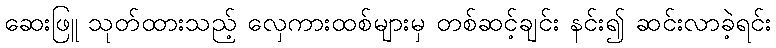
ဆေးဖြူ သုတ်ထားသည့် လှေကားထစ်များမှ တစ်ဆင့်ချင်း နင်း၍ ဆင်းလာခဲ့ရင်း